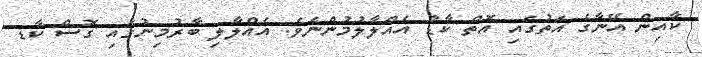
ކާއިން އޭނާގެ އަތުގައި އޮތް ކާޑު އެއްލާލުމުންނެވެ. އެއްލާލި ބާރުމިނުގައި ގޮސް ކާޑ